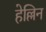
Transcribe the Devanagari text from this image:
हेल्लिन